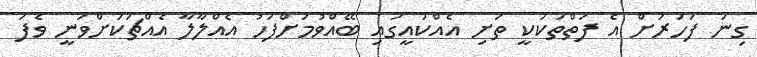
ގިނަ ފަހަރަށް އެ ފަތްތަކަކީ ތަށި އެއްކައީގައި ބޭއްވުމަށްފަހު އެއްލާލާ އެއްޗަކަށްވަނީ ވެފަ